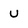
Character: u